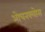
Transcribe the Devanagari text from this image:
ओचनक्लोस